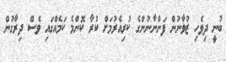
ބުނީ ދިވެހި ޒުވާނުން ފަންނާނުންގެ ކުރިއެރުމަށް ކުރާ ކޮންމެ ކަމެއްގައި ވެސް ދިރާގުން